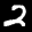
Label: 2